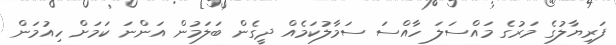
ފަރިޔާލުގެ މަރުގެ މައްސަލަ ހާއްސަ ސަމާލުކަމެއް ދީގެން ބަލަމުން އަންނަ ކަމަށް ހިއުމަން